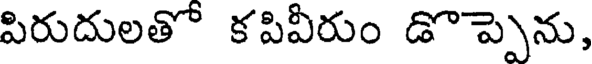
పిరుదులతో కపివీరుం డొప్పెను,